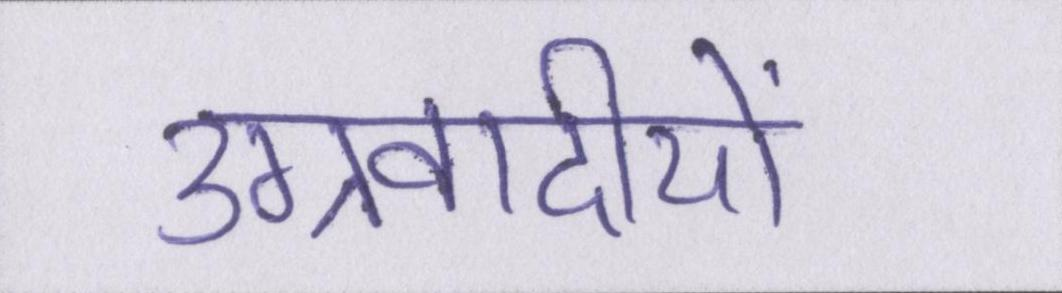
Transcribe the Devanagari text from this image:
उग्रवादीयों